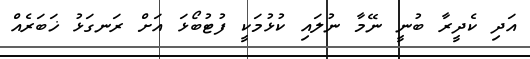
އަދި ކެދީރާ ބުނީ ނޭމާ ނުލައި ކުޅުމަކީ ފުޓުބޯޅަ އަށް ރަނގަޅު ޚަބަރެއް